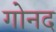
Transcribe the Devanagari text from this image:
गोनद